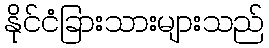
နိုင်ငံခြားသားများသည်